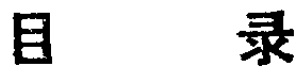
目录